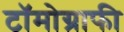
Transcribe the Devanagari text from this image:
टॉमोग्राफी